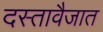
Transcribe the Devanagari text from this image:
दस्तावैजात